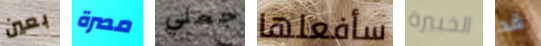
بعين مصرة جعلي سأفعلها الخبيرة قد